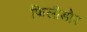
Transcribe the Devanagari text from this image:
फिलीडोर